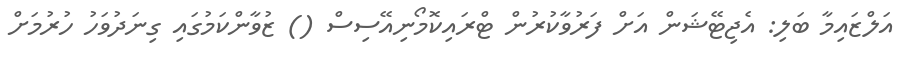
އަލްޒައިމާ ބަލި: އެޖިޓޭޝަން އަށް ފަރުވާކުރުން ޓްރައިކޮމޯނިއޭސިސް () ޒުވާންކަމުގައި ގިނަދުވަހު ހުރުމަށް